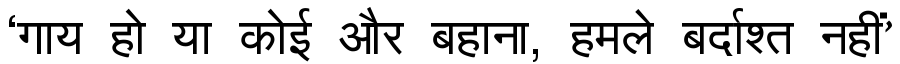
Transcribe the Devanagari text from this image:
‘गाय हो या कोई और बहाना, हमले बर्दाश्त नहीं’